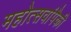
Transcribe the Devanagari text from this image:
महोत्सवांपैकी